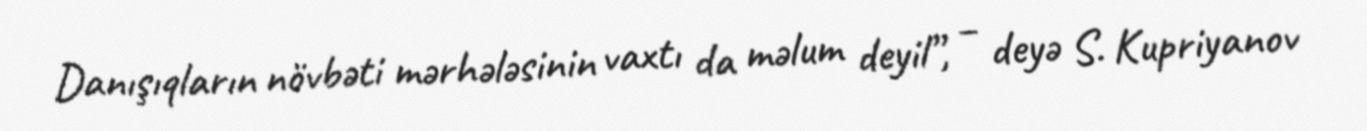
Danışıqların növbəti mərhələsinin vaxtı da məlum deyil”, – deyə S. Kupriyanov